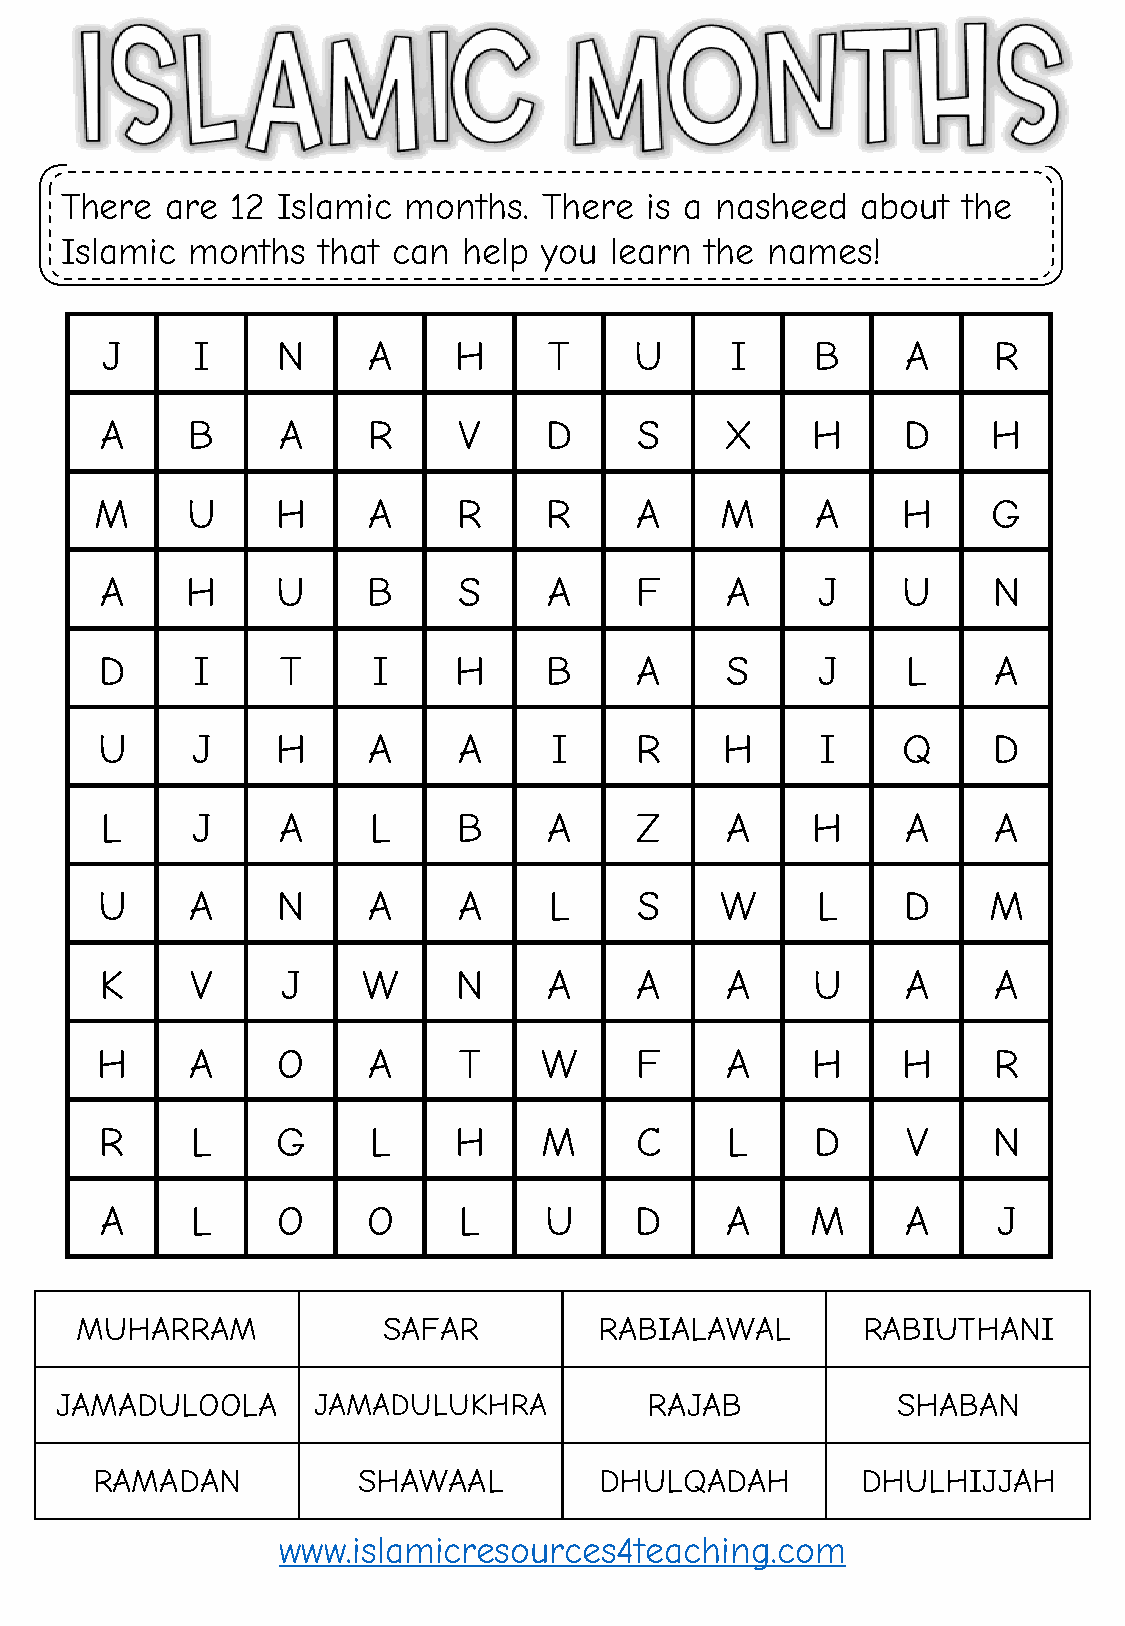
There  are 12 Islamic  months.  There  is a nasheed  about  the
 Islamic months   that can  help you learn  the names!
 J     I    N     A     H     T     U     I     B     A     R
 A    B     A     R     V     D     S     X     H     D     H
 M     U     H     A     R     R     A     M     A     H     G
 A    H     U     B     S     A     F     A     J     U     N
 D     I     T     I    H     B     A     S     J     L     A
 U      J    H     A     A     I     R     H     I     Q     D
 L     J    A     L     B     A     Z     A     H     A     A
 U      A    N     A     A     L     S     W     L     D    M
 K     V     J    W     N     A     A     A     U     A     A
 H      A    O     A     T     W     F     A     H     H     R
 R     L    G     L     H     M     C     L     D     V     N
 A     L    O     O     L     U     D     A     M     A     J
 MUHARRAM            SAFAR          RABIALAWAL       RABIUTHANI
 JAMADULOOLA      JAMADULUKHRA          RAJAB           SHABAN
 RAMADAN           SHAWAAL         DHULQADAH        DHULHIJJAH
 www.islamicresources4teaching.com